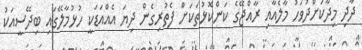
ދާދި މިދާކަށްދުވަހު މާލެއާއި ރާއްޖޭގެ ކަންކޮޅުތަކަށް ފެތުރިގެން ދިޔަ އެއްއަޑަކީ ހުޅުމާލޭގައި ބިދޭސީއަކު